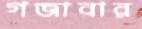
গজাবার